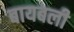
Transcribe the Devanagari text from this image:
बायबली